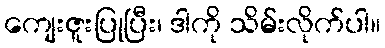
ကျေးဇူးပြုပြီး၊ ဒါကို သိမ်းလိုက်ပါ။